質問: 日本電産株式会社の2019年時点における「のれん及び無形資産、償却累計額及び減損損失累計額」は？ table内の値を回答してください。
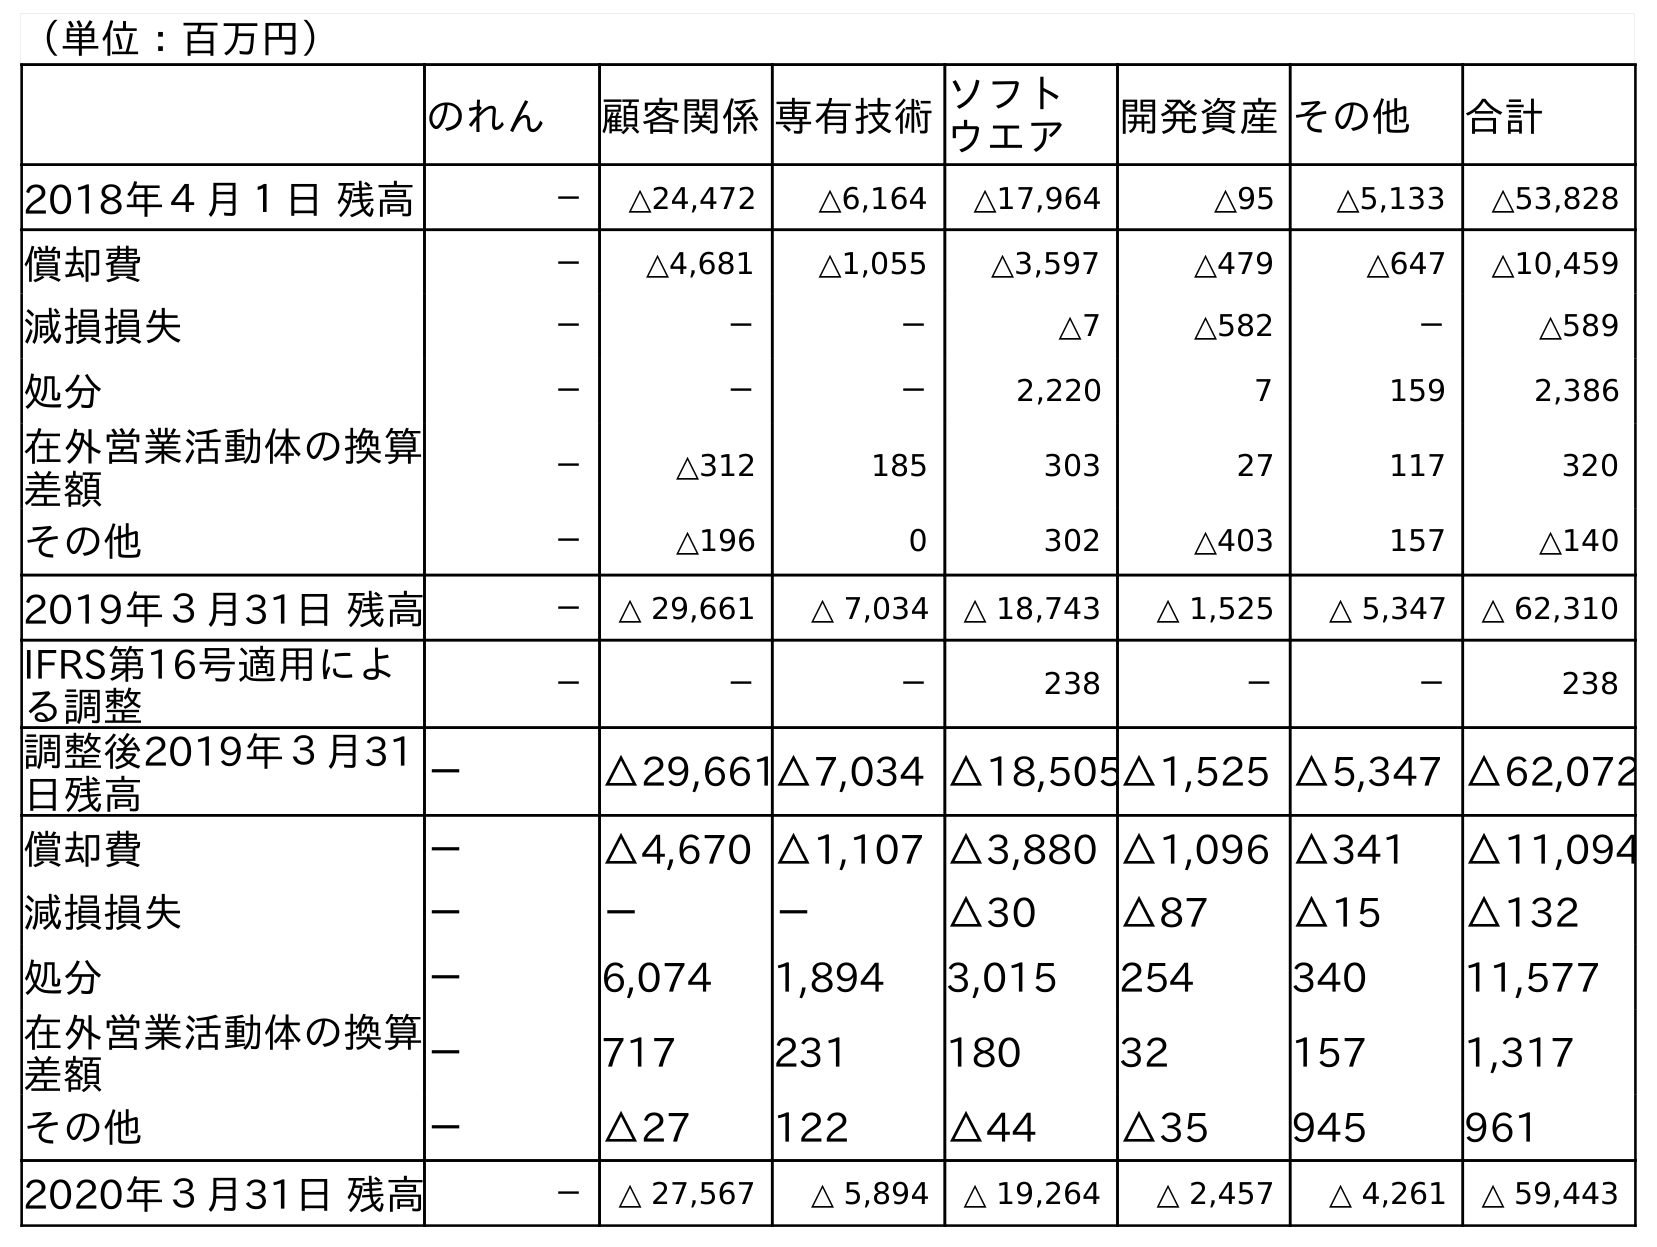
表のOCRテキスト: （単位：百万円） のれん 顧客関係専有技術ソフト ウエア 開発資産その他 合計 2018年４月１日 残高 － △24,472 △6,164 △17,964 △95 △5,133 △53,828 償却費 － △4,681 △1,055 △3,597 △479 △647 △10,459 減損損失 － － － △7 △582 － △589 処分 － － － 2,220 7 159 2,386 在外営業活動体の換算 差額 － △312 185 303 27 117 320 その他 － △196 0 302 △403 157 △140 2019年３月31日 残高 － △ 29,661 △ 7,034 △ 18,743 △ 1,525 △ 5,347 △ 62,310 IFRS第16号適用によ る調整 － － － 238 － － 238 調整後2019年３月31 日残高 － △29,661△7,034 △18,505△1,525 △5,347 △62,072 償却費 － △4,670 △1,107 △3,880 △1,096 △341 △11,094 減損損失 － － － △30 △87 △15 △132 処分 － 6,074 1,894 3,015 254 340 11,577 在外営業活動体の換算 差額 － 717 231 180 32 157 1,317 その他 － △27 122 △44 △35 945 961 2020年３月31日 残高 － △ 27,567 △ 5,894 △ 19,264 △ 2,457 △ 4,261 △ 59,443
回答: △62,310